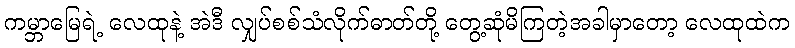
ကမ္ဘာမြေရဲ့ လေထုနဲ့ အဲဒီ လျှပ်စစ်သံလိုက်ဓာတ်တို့ တွေ့ဆုံမိကြတဲ့အခါမှာတော့ လေထုထဲက